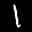
Label: 1